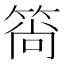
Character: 𬕒